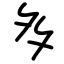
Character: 多